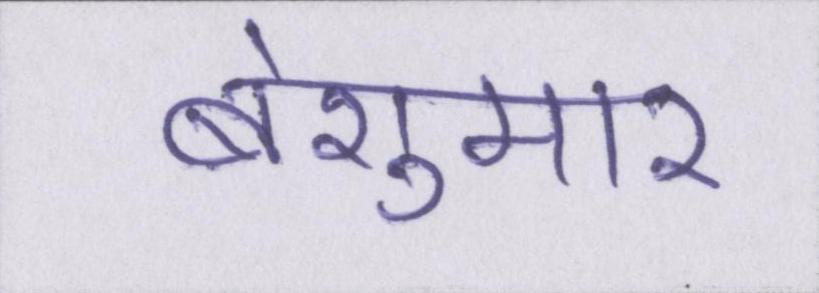
बेशुमार